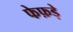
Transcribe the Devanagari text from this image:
फेफ़ड़े